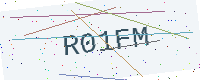
Text: R01FM